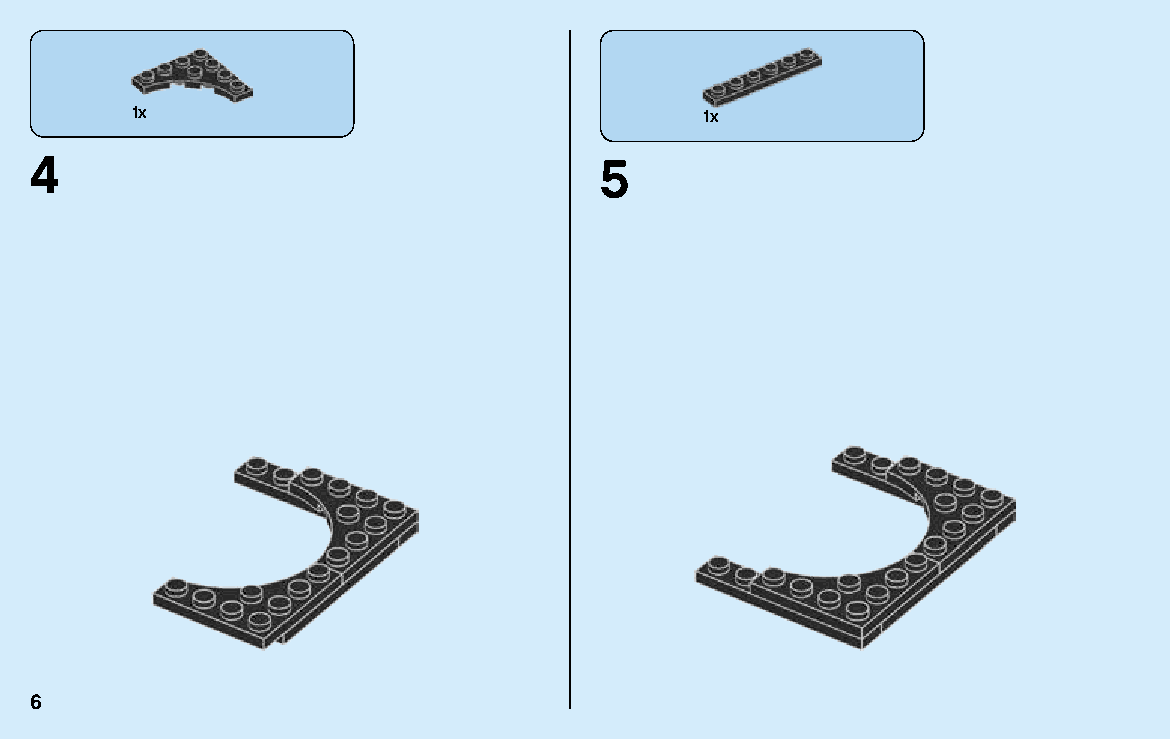
1x                                    1x
 4                                     5
 6